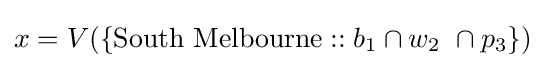
x=V(\{{\text{South Melbourne}}::b_{1}\cap w_{2}\ \cap p_{3}\})